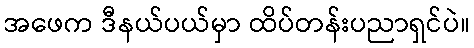
အဖေက ဒီနယ်ပယ်မှာ ထိပ်တန်းပညာရှင်ပဲ။